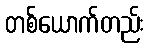
တစ်ယောက်တည်း